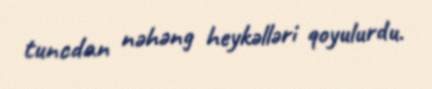
tuncdan nəhəng heykəlləri qoyulurdu.